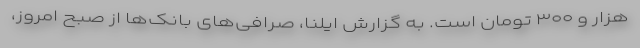
هزار و ۳۰۰ تومان است. به گزارش ایلنا، صرافی‌های بانک‌ها از صبح امروز،